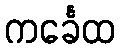
ကင်္ခေထ